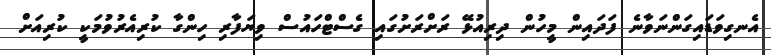
އެނގިވަޑައިގަންނަވާނެ ފަދައިން މީހުން ދިރިއުޅޭ ރަށްރަށުގައި ގެސްޓްހައުސް ވިޔަފާރި ހިންގާ ކުރިއެރުވުމަކީ ކުރިއަށް